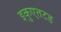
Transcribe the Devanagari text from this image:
इकुएतटड